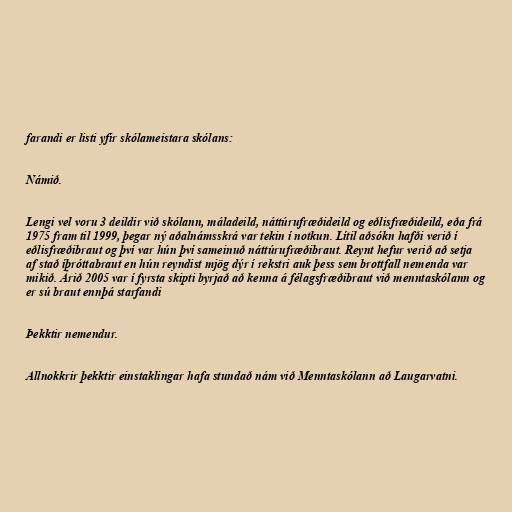
farandi er listi yfir skólameistara skólans:

Námið.

Lengi vel voru 3 deildir við skólann, máladeild, náttúrufræðideild og eðlisfræðideild, eða frá
1975 fram til 1999, þegar ný aðalnámsskrá var tekin í notkun. Lítil aðsókn hafði verið í
eðlisfræðibraut og því var hún því sameinuð náttúrufræðibraut. Reynt hefur verið að setja
af stað íþróttabraut en hún reyndist mjög dýr í rekstri auk þess sem brottfall nemenda var
mikið. Árið 2005 var í fyrsta skipti byrjað að kenna á félagsfræðibraut við menntaskólann og
er sú braut ennþá starfandi

Þekktir nemendur.

Allnokkrir þekktir einstaklingar hafa stundað nám við Menntaskólann að Laugarvatni.